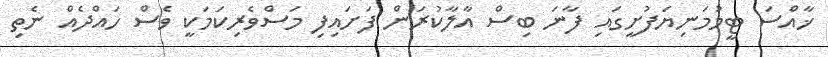
ޚާއްސަ ޓީމުމަނިޔަފުށީގައި ފާނަ ބިސް އާލާކުރަން ފަށައިފި މަސްވެރިކަމަކީ ވެސް ހައްދެއް ނެތި